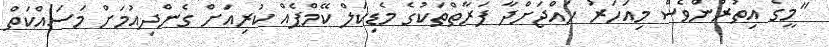
"މީގެ އިތުރުންވެސް މިއަހަރު ހައްޖަށްދާ ފަރާތްތަކުގެ މެޑިކަލް ކޭމްޕެއް ކުރިއަށް ގެންދިއުމަށް މަސައްކަތް